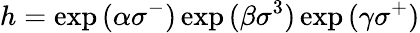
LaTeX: h=\exp{(\alpha\sigma^{-})}\exp{(\beta\sigma^{3})}\exp{(\gamma\sigma^{+})}